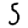
Digit: 5